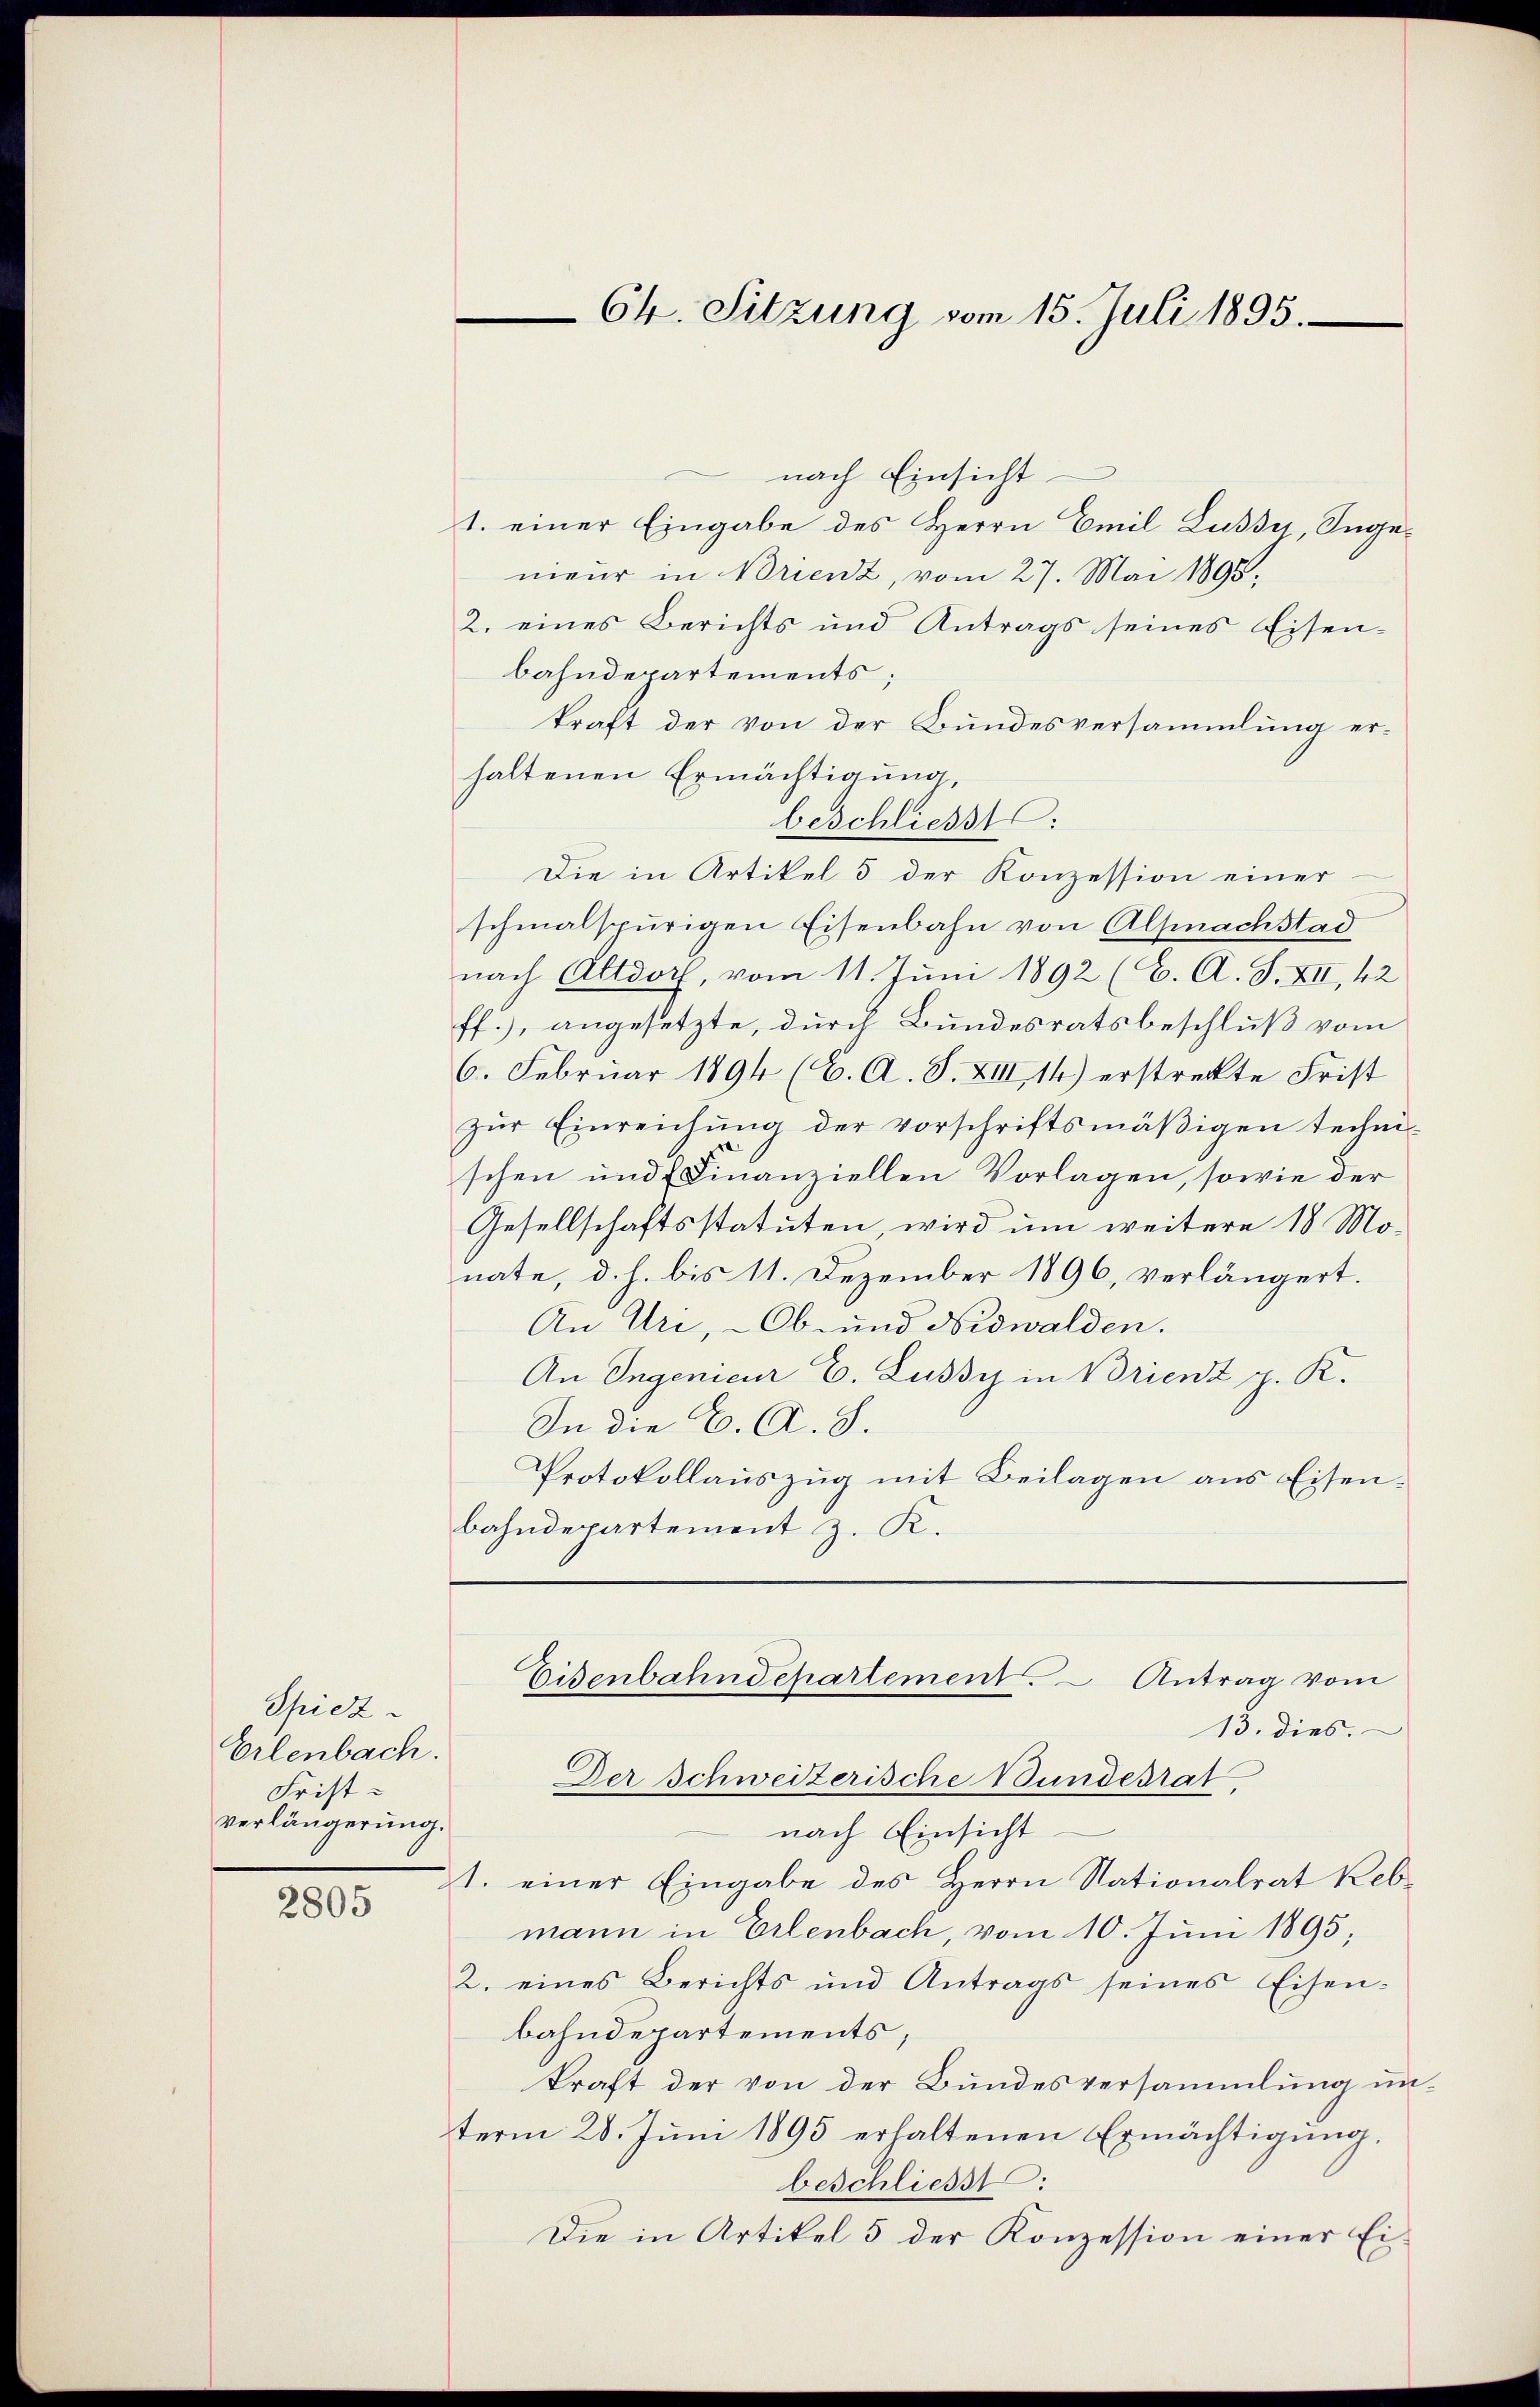
Spiez.
Erlenbach.
Frist.
verlängerung.

2805

nach Einsicht
t. einer Eingabe des Herrn Emil Lussu, Ingenieur in Brienz, vom 27. Mai 1895.
2. eines Berichts und Antrags seines Eisen-
bahndepartements;
kraft der von der Bundesversammlung erhaltenen Ermächtigung,
beschliesst.
Die in Artikel 5 der Konzession einer
schmalspurigen Eisenbahn von Alfnachstad
nach Altdorf, vom 11. Juni 1892 (C. A. S. XII, 42
ff.), angesetzte, durch Bundesratsbeschluß vom
6. Februar 1894 (C. A. S. XIII, 14) erstreckte Frist
zur Einreichung der vorschriftsmäßigen technischen und Finanziellen Vorlagen, sowie der
Gesellschaftsstatuten, wird um weitere 18 Monate, d. h. bis 11. Dezember 1896, verlängert.
An Uri, Ob- und Nidwalden.
An Ingenieur E. Lussy in Brienz p. K.
In die C. A. S.
Protokollauszug mit Beilagen aus Eisenbahndepartement z. K.
Eisenbahndepartement. Antrag vom
13. dies.
Der Schweizerische Bundesrat
nach Einsicht
st. einer Eingabe des Herrn Stationalrat Rebmann in Erlenbach, vom 10. Juni 1895;
2. eines Berichts und Antrags seines Eisen-
bahndepartements
kraft der von der Bundesversammlung unterm 28. Juni 1895 erhaltenen Ermächtigung,
beschliesst:
Die in Artikel 5 der Konzession einer Ei¬

64. Sitzung vom 15. Juli 1895.